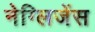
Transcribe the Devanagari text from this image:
नेग्लिजेंस